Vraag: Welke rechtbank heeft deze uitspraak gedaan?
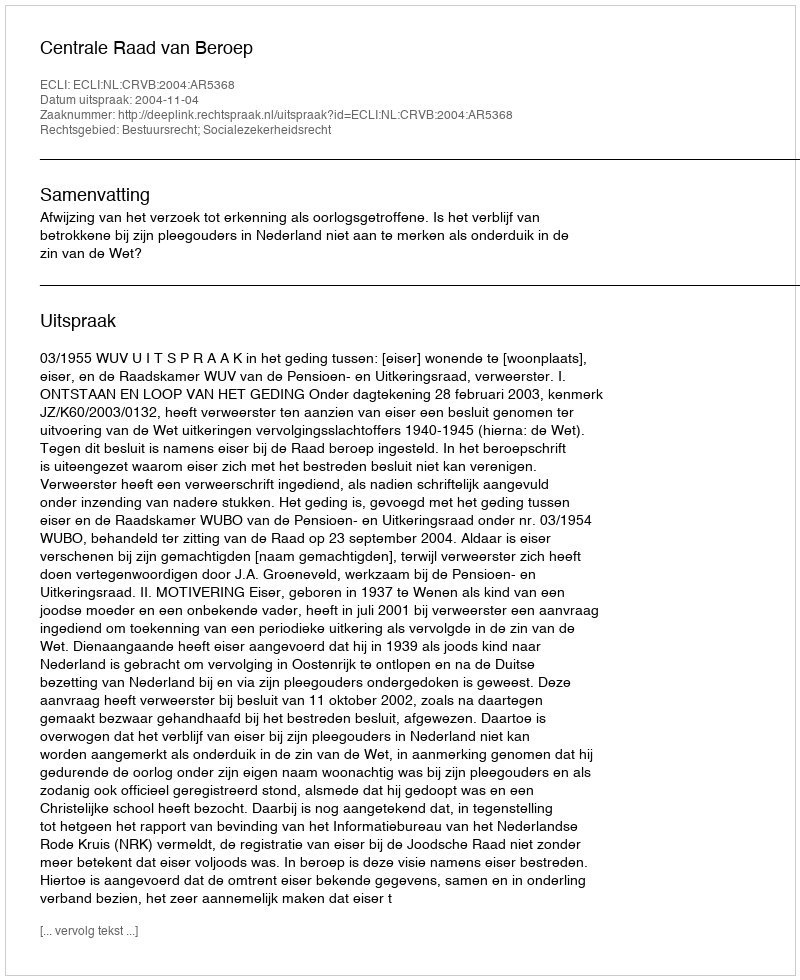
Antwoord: Centrale Raad van Beroep